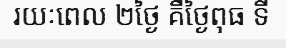
រយៈពេល ២ថ្ងៃ គឺថ្ងៃពុធ ទី